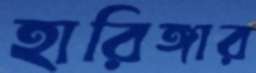
হারিঙ্গার